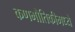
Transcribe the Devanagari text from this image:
कणभौतिकीमध्ये